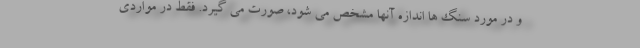
و در مورد سنگ ها اندازه آنها مشخص می شود، صورت می گیرد. فقط در مواردی